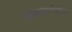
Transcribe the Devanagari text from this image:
भावावस्थेतील